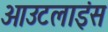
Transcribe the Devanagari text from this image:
आउटलाइंस